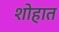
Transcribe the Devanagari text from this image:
शोहात